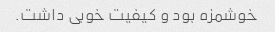
خوشمزه بود و کیفیت خوبی داشت.